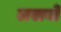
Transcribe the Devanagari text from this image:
लखनो